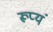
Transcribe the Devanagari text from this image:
रूप्यं